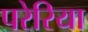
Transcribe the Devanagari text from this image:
परेरिया